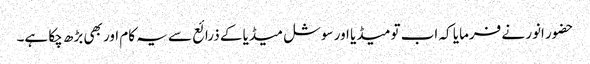
حضور انور نے فرمایا کہ اب تو میڈیا اور سوشل میڈیا کے ذرائع سے یہ کام اور بھی بڑھ چکا ہے۔